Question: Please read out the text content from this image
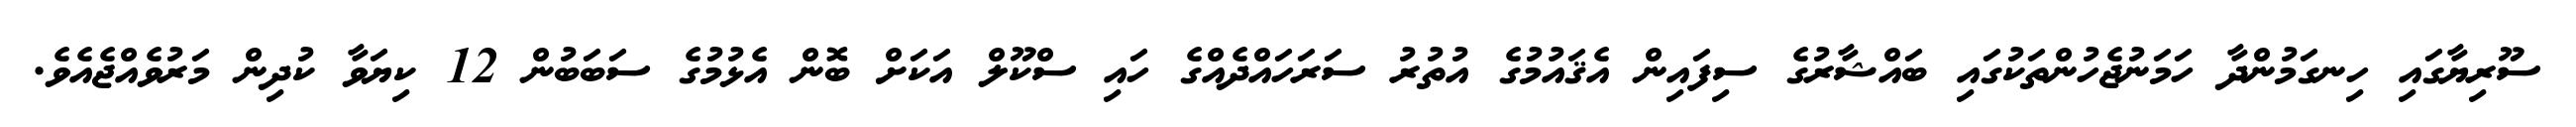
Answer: ސޫރިޔާގައި ހިނގަމުންދާ ހަމަނުޖެހުންތަކުގައި ބައްޝާރުގެ ސިފައިން އެޤައުމުގެ އުތުރު ސަރަހައްދެއްގެ ހައި ސްކޫލް އަކަށް ބޮން އެޅުމުގެ ސަބަބުން 12 ކިޔަވާ ކުދިން މަރުވެއްޖެއެވެ.